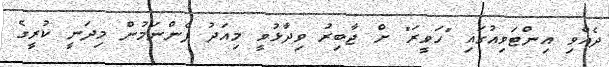
ދެއްވި އިންޓަވިއުގައި "ހަވީރަ" ށް ޖާބިރު ވިދާޅުވީ މިއަދު ފެންނަމުން މިދަނީ ކުރީގެ